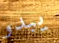
يبدو